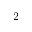
2